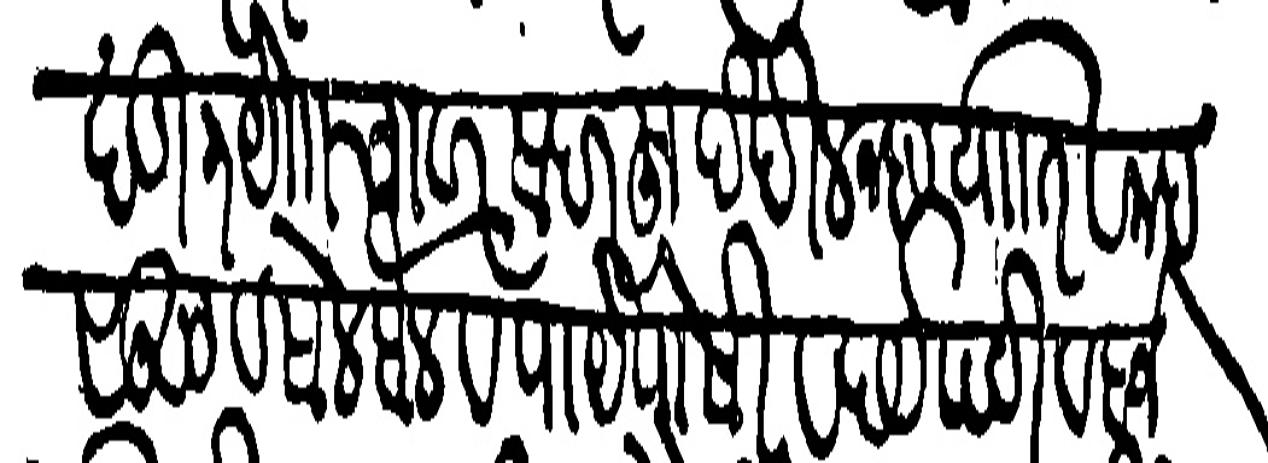
Transliteration (Devanagari): खंडी ३ या चावर सदरहू देखील नख्तयाति व महसुळ व सैलबैल व पायपोसी व खर्च पटी व बाजे